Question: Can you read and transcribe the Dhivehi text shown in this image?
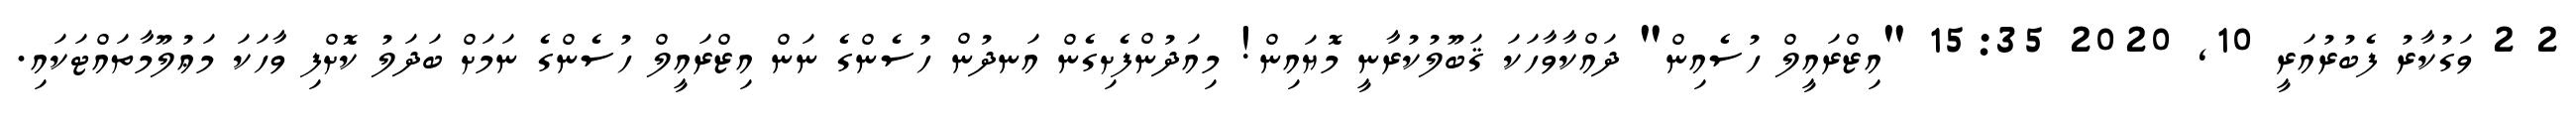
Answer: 2 2 ވަގުކާރު ފެބުރުއަރީ 10, 2020 15:35 "އިޒްރައީލް ހުސެއިން" ދައްކާވާހަކަ ޤަބޫލުކުރާނީ މޮޔައިން! މިއަދުންފެށިގެން އަނދުން ހުސެންގެ ނަން އިޒްރައީލް ހުސެންގެ ނަމަށް ބަދަލު ކޮށްފި ވާހަކަ މަޢުލޫމާތައްޓަކައި.